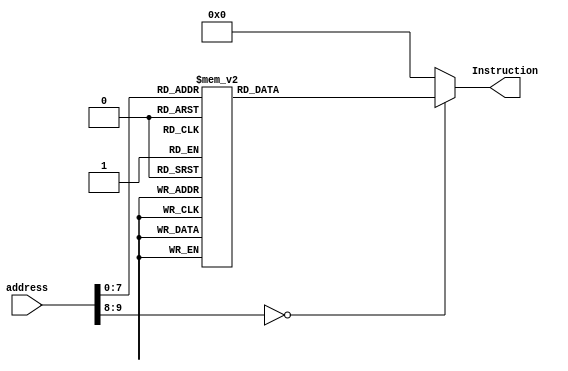
module InstructionMemory(address, Instruction);
parameter RAM_SIZE_BIT = 10;

input [RAM_SIZE_BIT - 1:0] address;
output reg [31:0] Instruction;



always @(*)
		case (address)

        16'd0:  Instruction <= 32'h24170400;
        16'd1:  Instruction <= 32'h24080000;
        16'd2:  Instruction <= 32'h24040006;
        16'd3:  Instruction <= 32'h24100006;
        16'd4:  Instruction <= 32'h21050004;
        16'd5:  Instruction <= 32'h24180000;
        16'd6:  Instruction <= 32'hacb80000;
        16'd7:  Instruction <= 32'h24180009;
        16'd8:  Instruction <= 32'hacb80004;
        16'd9:  Instruction <= 32'h24180003;
        16'd10:  Instruction <= 32'hacb80008;
        16'd11:  Instruction <= 32'h24180006;
        16'd12:  Instruction <= 32'hacb8000c;
        16'd13:  Instruction <= 32'h2418ffff;
        16'd14:  Instruction <= 32'hacb80010;
        16'd15:  Instruction <= 32'h2418ffff;
        16'd16:  Instruction <= 32'hacb80014;
        16'd17:  Instruction <= 32'h20a50080;
        16'd18:  Instruction <= 32'h24180009;
        16'd19:  Instruction <= 32'hacb80000;
        16'd20:  Instruction <= 32'h24180000;
        16'd21:  Instruction <= 32'hacb80004;
        16'd22:  Instruction <= 32'h2418ffff;
        16'd23:  Instruction <= 32'hacb80008;
        16'd24:  Instruction <= 32'h24180003;
        16'd25:  Instruction <= 32'hacb8000c;
        16'd26:  Instruction <= 32'h24180004;
        16'd27:  Instruction <= 32'hacb80010;
        16'd28:  Instruction <= 32'h24180001;
        16'd29:  Instruction <= 32'hacb80014;
        16'd30:  Instruction <= 32'h20a50080;
        16'd31:  Instruction <= 32'h24180003;
        16'd32:  Instruction <= 32'hacb80000;
        16'd33:  Instruction <= 32'h2418ffff;
        16'd34:  Instruction <= 32'hacb80004;
        16'd35:  Instruction <= 32'h24180000;
        16'd36:  Instruction <= 32'hacb80008;
        16'd37:  Instruction <= 32'h24180002;
        16'd38:  Instruction <= 32'hacb8000c;
        16'd39:  Instruction <= 32'h2418ffff;
        16'd40:  Instruction <= 32'hacb80010;
        16'd41:  Instruction <= 32'h24180005;
        16'd42:  Instruction <= 32'hacb80014;
        16'd43:  Instruction <= 32'h20a50080;
        16'd44:  Instruction <= 32'h24180006;
        16'd45:  Instruction <= 32'hacb80000;
        16'd46:  Instruction <= 32'h24180003;
        16'd47:  Instruction <= 32'hacb80004;
        16'd48:  Instruction <= 32'h24180002;
        16'd49:  Instruction <= 32'hacb80008;
        16'd50:  Instruction <= 32'h24180000;
        16'd51:  Instruction <= 32'hacb8000c;
        16'd52:  Instruction <= 32'h24180006;
        16'd53:  Instruction <= 32'hacb80010;
        16'd54:  Instruction <= 32'h2418ffff;
        16'd55:  Instruction <= 32'hacb80014;
        16'd56:  Instruction <= 32'h20a50080;
        16'd57:  Instruction <= 32'h2418ffff;
        16'd58:  Instruction <= 32'hacb80000;
        16'd59:  Instruction <= 32'h24180004;
        16'd60:  Instruction <= 32'hacb80004;
        16'd61:  Instruction <= 32'h2418ffff;
        16'd62:  Instruction <= 32'hacb80008;
        16'd63:  Instruction <= 32'h24180006;
        16'd64:  Instruction <= 32'hacb8000c;
        16'd65:  Instruction <= 32'h24180000;
        16'd66:  Instruction <= 32'hacb80010;
        16'd67:  Instruction <= 32'h24180002;
        16'd68:  Instruction <= 32'hacb80014;
        16'd69:  Instruction <= 32'h20a50080;
        16'd70:  Instruction <= 32'h2418ffff;
        16'd71:  Instruction <= 32'hacb80000;
        16'd72:  Instruction <= 32'h24180001;
        16'd73:  Instruction <= 32'hacb80004;
        16'd74:  Instruction <= 32'h24180005;
        16'd75:  Instruction <= 32'hacb80008;
        16'd76:  Instruction <= 32'h2418ffff;
        16'd77:  Instruction <= 32'hacb8000c;
        16'd78:  Instruction <= 32'h24180002;
        16'd79:  Instruction <= 32'hacb80010;
        16'd80:  Instruction <= 32'h24180000;
        16'd81:  Instruction <= 32'hacb80014;
        16'd82:  Instruction <= 32'h21050004;
        16'd83:  Instruction <= 32'h0c100063;
        16'd84:  Instruction <= 32'h24160000;
        16'd85:  Instruction <= 32'h21180000;
        16'd86:  Instruction <= 32'h24080001;
        16'd87:  Instruction <= 32'h02e04820;
        16'd88:  Instruction <= 32'h24160000;
        16'd89:  Instruction <= 32'h21290004;
        16'd90:  Instruction <= 32'h8d240000;
        16'd91:  Instruction <= 32'h02c4b020;
        16'd92:  Instruction <= 32'h21080001;
        16'd93:  Instruction <= 32'h0110a822;
        16'd94:  Instruction <= 32'h06a0fffa;
        16'd95:  Instruction <= 32'h3c184000;
        16'd96:  Instruction <= 32'h23040010;
        16'd97:  Instruction <= 32'hac960000;
        16'd98:  Instruction <= 32'h08100062;
        16'd99:  Instruction <= 32'h02e04820;
        16'd100:  Instruction <= 32'had200000;
        16'd101:  Instruction <= 32'h24080001;
        16'd102:  Instruction <= 32'h240affff;
        16'd103:  Instruction <= 32'h21290004;
        16'd104:  Instruction <= 32'had2a0000;
        16'd105:  Instruction <= 32'h21080001;
        16'd106:  Instruction <= 32'h0104082a;
        16'd107:  Instruction <= 32'h1420fffb;
        16'd108:  Instruction <= 32'h24080001;
        16'd109:  Instruction <= 32'h00005021;
        16'd110:  Instruction <= 32'h240b0000;
        16'd111:  Instruction <= 32'h23bdfff4;
        16'd112:  Instruction <= 32'hafa50000;
        16'd113:  Instruction <= 32'hafa80004;
        16'd114:  Instruction <= 32'hafaa0008;
        16'd115:  Instruction <= 32'h000a6940;
        16'd116:  Instruction <= 32'h01ab6020;
        16'd117:  Instruction <= 32'h02e04820;
        16'd118:  Instruction <= 32'h000a5080;
        16'd119:  Instruction <= 32'h012a4820;
        16'd120:  Instruction <= 32'h000a5082;
        16'd121:  Instruction <= 32'h8d2d0000;
        16'd122:  Instruction <= 32'h02e04820;
        16'd123:  Instruction <= 32'h000b5880;
        16'd124:  Instruction <= 32'h012b4820;
        16'd125:  Instruction <= 32'h000b5882;
        16'd126:  Instruction <= 32'h8d2e0000;
        16'd127:  Instruction <= 32'h000c6080;
        16'd128:  Instruction <= 32'h00ac2820;
        16'd129:  Instruction <= 32'h000c6082;
        16'd130:  Instruction <= 32'h8caf0000;
        16'd131:  Instruction <= 32'h2001ffff;
        16'd132:  Instruction <= 32'h01a14023;
        16'd133:  Instruction <= 32'h34010001;
        16'd134:  Instruction <= 32'h0101402b;
        16'd135:  Instruction <= 32'h2001ffff;
        16'd136:  Instruction <= 32'h01e15023;
        16'd137:  Instruction <= 32'h34010001;
        16'd138:  Instruction <= 32'h0141502b;
        16'd139:  Instruction <= 32'h010a4025;
        16'd140:  Instruction <= 32'h1500000d;
        16'd141:  Instruction <= 32'h2001ffff;
        16'd142:  Instruction <= 32'h01c14023;
        16'd143:  Instruction <= 32'h34010001;
        16'd144:  Instruction <= 32'h0101402b;
        16'd145:  Instruction <= 32'h01af6820;
        16'd146:  Instruction <= 32'h01ae502a;
        16'd147:  Instruction <= 32'h010a4025;
        16'd148:  Instruction <= 32'h11000005;
        16'd149:  Instruction <= 32'h02e04820;
        16'd150:  Instruction <= 32'h000b5880;
        16'd151:  Instruction <= 32'h012b4820;
        16'd152:  Instruction <= 32'h000b5882;
        16'd153:  Instruction <= 32'had2d0000;
        16'd154:  Instruction <= 32'h8fa50000;
        16'd155:  Instruction <= 32'h8fa80004;
        16'd156:  Instruction <= 32'h8faa0008;
        16'd157:  Instruction <= 32'h23bd000c;
        16'd158:  Instruction <= 32'h216b0001;
        16'd159:  Instruction <= 32'h0164082a;
        16'd160:  Instruction <= 32'h1420ffce;
        16'd161:  Instruction <= 32'h214a0001;
        16'd162:  Instruction <= 32'h0144082a;
        16'd163:  Instruction <= 32'h1420ffca;
        16'd164:  Instruction <= 32'h21080001;
        16'd165:  Instruction <= 32'h0104082a;
        16'd166:  Instruction <= 32'h1420ffc6;
        16'd167:  Instruction <= 32'h03e00008;


			// -------- Paste Binary Instruction Above
			
			default: Instruction <= 32'h00000000;
		endcase


endmodule